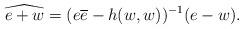
LaTeX: \begin{align*} \widehat{e+w} = (e\overline{e}-h(w,w))^{-1}(e-w) .\end{align*}